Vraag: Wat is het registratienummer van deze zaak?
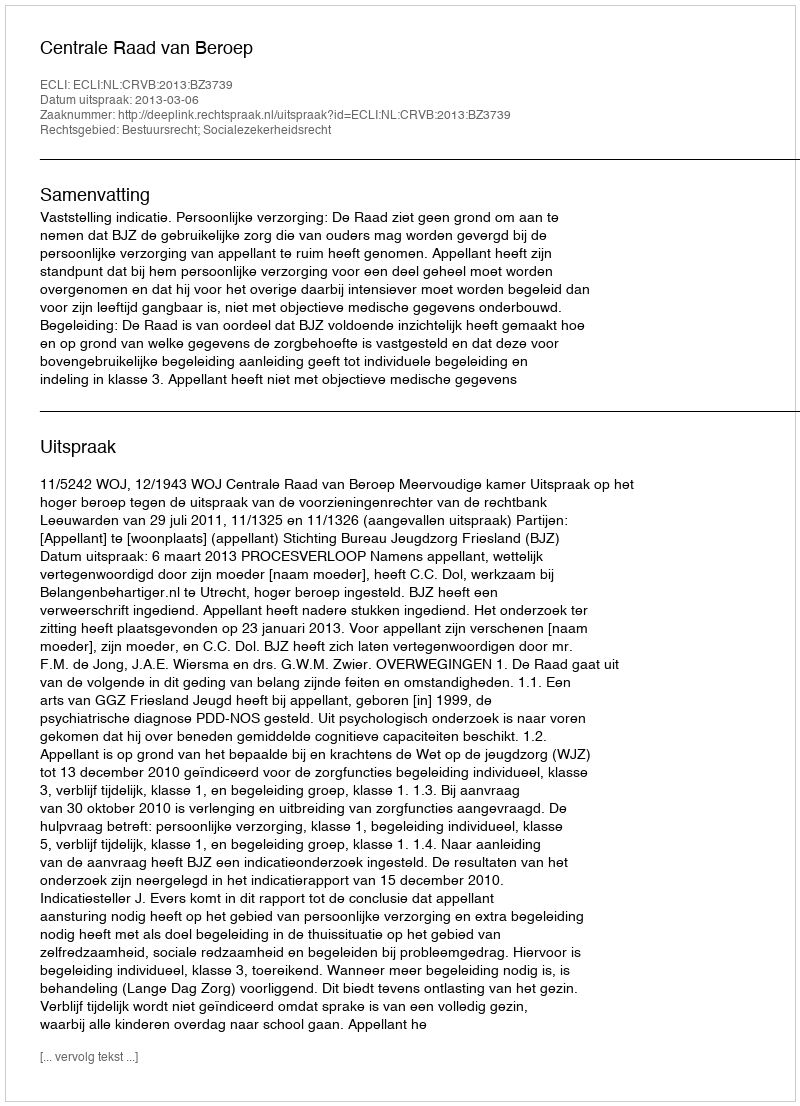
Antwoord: http://deeplink.rechtspraak.nl/uitspraak?id=ECLI:NL:CRVB:2013:BZ3739